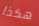
هكذا